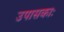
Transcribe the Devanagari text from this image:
उपासकाः